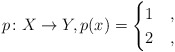
\begin{align*}p\colon X\to Y,p(x)=\begin{cases}1 & ,\\2 & ,\end{cases}\end{align*}